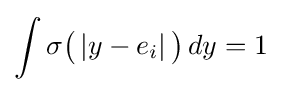
\int \sigma {\big (}\left\vert y-e_{i}\right\vert {\big )}\,dy=1